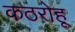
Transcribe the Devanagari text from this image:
कठरोहू